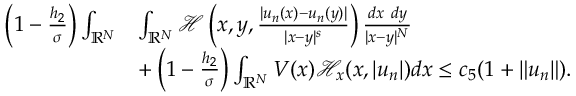
\begin{array} { r l } { \left( 1 - \frac { h _ { 2 } } { \sigma } \right) \int _ { { \mathbb R } ^ { N } } } & { \int _ { { \mathbb R } ^ { N } } \mathcal { H } \left( x , y , \frac { | u _ { n } ( x ) - u _ { n } ( y ) | } { | x - y | ^ { s } } \right) \frac { d x \ d y } { | x - y | ^ { N } } } \\ & { + \left( 1 - \frac { h _ { 2 } } { \sigma } \right) \int _ { { \mathbb R } ^ { N } } V ( x ) \mathcal { H } _ { x } ( x , | u _ { n } | ) d x \leq c _ { 5 } ( 1 + \| u _ { n } \| ) . } \end{array}